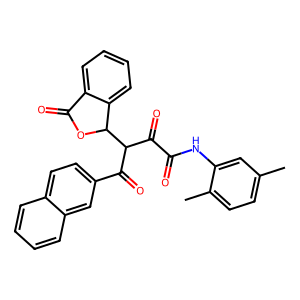
SMILES: Cc1ccc(C)c(NC(=O)C(=O)C(C(=O)c2ccc3ccccc3c2)C2OC(=O)c3ccccc32)c1
Inhibits HIV replication: No